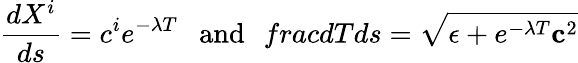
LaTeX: \frac{dX^{i}}{ds}=c^{i}e^{-\lambda T}\ \ \ \mathrm{and}\ \ \, frac{dT}{ds}=\sqrt{\epsilon+e^{-\lambda T}{\mathbf c}^{2}}